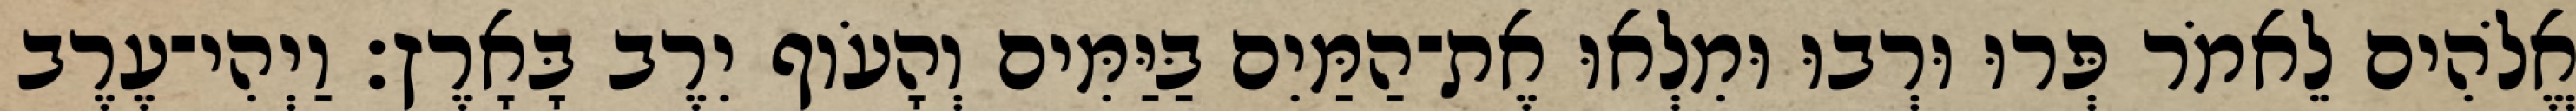
אֱלֹהִים לֵאמֹר פְּרוּ וּרְבוּ וּמִלְאוּ אֶת־הַמַּיִם בַּיַּמִּים וְהָעֹוף יִרֶב בָּאָרֶץ׃ וַיְהִי־עֶרֶב